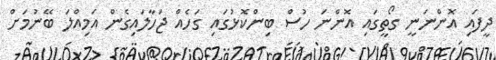
ދީފައި އޮންނަނީ ގޯތީގައި އޮންނަ ހުސް ބިންކޮޅުގައި ގަހެއް ޖަހާލައިގެން އަމިއްލަ ބޭނުމަށް